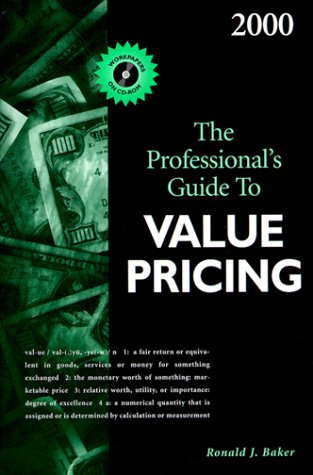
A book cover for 2000 the Professional's Guide to Value Pricing; Ronald J. Baker; Business & Money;